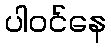
ပါဝင်နေ